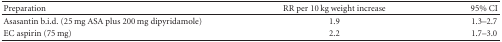
| Preparation | RR per 10 kg weight increase | 95% CI |
 | --- | --- | --- |
 | Asasantin b.i.d. (25 mg ASA plus 200 mg dipyridamole) | 1.9 | 1.3–2.7 |
 | EC aspirin (75 mg) | 2.2 | 1.7–3.0 |